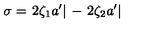
\sigma = \left. 2 \zeta _ { 1 } a ^ { \prime } \right| { \mathrm { \raisebox { - 1 . 2 e x } { { \tiny { \! 0 ^ { - } } } } } } - \left. 2 \zeta _ { 2 } a ^ { \prime } \right| { \mathrm { \raisebox { - 1 . 2 e x } { { \tiny { \! 0 ^ { + } } } } } }